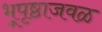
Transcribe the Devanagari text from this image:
भूपृष्ठाजवळ